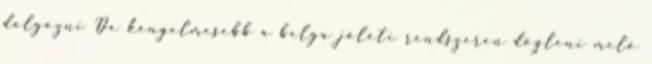
dolgozni De kényelmesebb a belga jóléti rendszeren dögleni meló